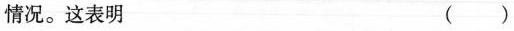
情况。这表明 ( )